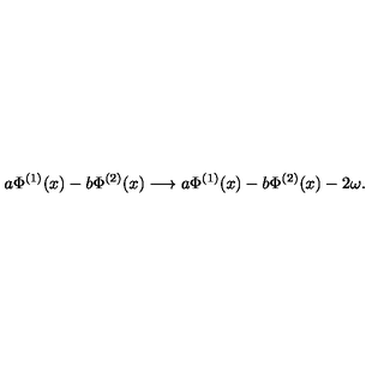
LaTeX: a \Phi ^ { ( 1 ) } ( x ) - b \Phi ^ { ( 2 ) } ( x ) \longrightarrow a \Phi ^ { ( 1 ) } ( x ) - b \Phi ^ { ( 2 ) } ( x ) - 2 \omega .